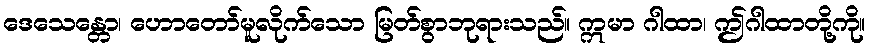
ဒေသေန္တော၊ ဟောတော်မူလိုက်သော မြတ်စွာဘုရားသည်။ ဣမာ ဂါထာ၊ ဤဂါထာတို့ကို။